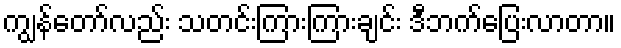
ကျွန်တော်လည်း သတင်းကြားကြားချင်း ဒီဘက်ပြေးလာတာ။